Report on vaccination North-West Frontier Province 1904-1922 - 1904-1922
Year: 1904
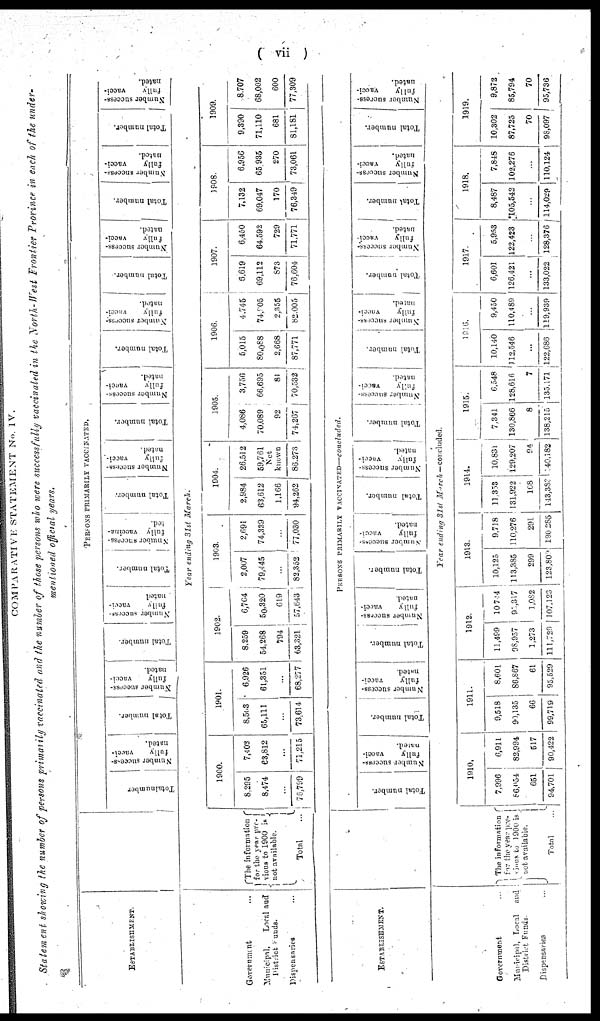
( vii )
COMPARATIVE STATEMENT No. IV.
Statement showing the number of persons primarily vaccinated and the number of those persons who were successfully vaccinated in the North-West Frontier Province in each of the under-
mentioned official years.
ESTABLISHMENT.
Government ...
Municipal,
Local and
District funds.
Dispensaries ...
The information
for the year pre¬
vious to 1900 is
not available.
Total ...
PERSONS PRIMARILY VACCINATED.
Total number
Number success-
fully
vacci¬
nated.
Total number.
Number success-
fully
vacci-
nated.
Total number.
Number success¬
fully
vacci-
nated
Total number.
Number success¬
fully
vaccina¬
ted.
Total number.
Number success-
fully
vacci-
nated.
Total number.
Number success-
fully
vacci-
nated.
Total number.
Number success-
fully
Vacci¬
nated.
Total number.
Number success-
fully
vacci-
nated.
Total number.
Number success¬
fully
vacci-
nated.
Total number.
Number success-
fully
vacci-
nated.
Year ending 31st March.
1900.
8,295
8,474
...
76,799
7,403
63,812
...
71,215
1901.
8,503
65,111
...
73,614
6,926
61,351
...
68,277
1902.
8,259
54,268
794
63,321
6,764
50,320
619
57,643
1903.
2,007
79,445
...
82,352
2,691
74,339
...
77,030
1904.
2,984
63,612
1,166
94,262
26,512
59,761
Not
known
86,273
1905.
4,086
70,089
92
74,267
3,756
66,695
81
70,532
1906.
5,015
80,088
2,668
87,771
4,745
74,905
2,355
82,005
1907.
6,619
69,112
873
76,604
6,450
64,592
729
71,771
1908.
7,132
69,047
170
76,349
6,956
65,935
270
73,061
1909.
9,390
71,110
681
81,181
8,707
68,002
600
77,309
ESTABLISHMENT.
Government
Municipal, Local and
District Funds.
Dispensaries ...
The information
for the year pre¬
vious to 1900 is
not available.
Total ...
PERSONS PRIMARILY VACCINATED—
concluded.
Total number.
Number success-
fully
vacci-
nated.
Total number.
Number success-
fully
vacci-
nated.
Total number.
Number success-
fully
vacci-
nated.
Total number.
Number success¬
fully
vacci-
nated.
Total number.
Number success-
fully
vacci-
nated.
Total number.
Number success¬
fully
vacci¬
nated.
Total number.
Number success¬
fully
vacci-
nated.
Total number.
N umber success-
fully
vacci-
nated.
Total number.
Number success¬
fully
vacci-
nated.
Total number.
Number success-
fully
vacci¬
nated.
Year ending 31st March— concluded.
1910.
7,996
86,054
651
94,701
6,911
82,994
517
90,422
1911.
9,518
90,135
66
99,719
8,601
86,867
61
95,529
1912.
11,499
98,957
1,273
111,729
10,744
95,317
1,982
107,123
1913.
10,125
113,385
299
123,809
9,718
110,276
291
190,285
1914.
11,353
131,922
108
143,383
10,831
129,207
94
40,182
1915.
7,341
130,866
8
138,215
6,548
128,616
7
135,171
1916.
10,140
112,546
...
122,686
9,450
110,489
...
119,939
1917.
6,601
126,421
...
133,022
5,953
122,423
...
128,376
1918.
8,487
105,542
...
114,029
7,848
102,276
...
110,124
1919.
10,302
87,725
70
98,097
9,872
85,794
70
95,736